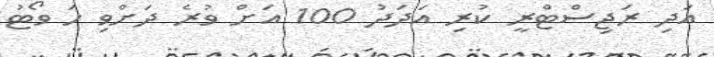
އަދި ރަޖިސްޓްރީ ކުރި އަދަދު 100 އަށް ވުރެ ދަށްވި ހަ ވޯޓު